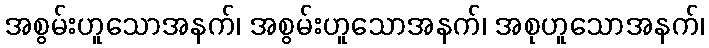
အစွမ်းဟူသောအနက်၊ အစွမ်းဟူသောအနက်၊ အစုဟူသောအနက်၊